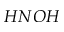
H N O H